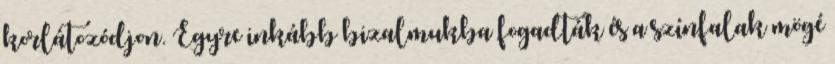
korlátozódjon. Egyre inkább bizalmukba fogadták és a színfalak mögé